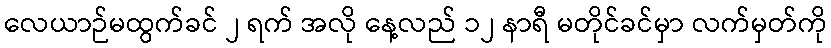
လေယာဉ်မထွက်ခင် ၂ ရက် အလို နေ့လည် ၁၂ နာရီ မတိုင်ခင်မှာ လက်မှတ်ကို